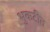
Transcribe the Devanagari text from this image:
भुकटीत